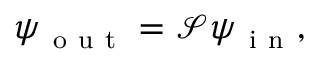
\boldsymbol { \psi } _ { \mathrm { ~ o ~ u ~ t ~ } } = \mathcal { S } \boldsymbol { \psi } _ { \mathrm { ~ i ~ n ~ } } ,